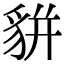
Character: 𧳉